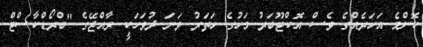
ކޮންމެ އަހަރެއްގެ ވެސް އޮކްޓޫބަރު މަހުގެ ހަތަރު ވަނަ ދުވަހަކީ ރާއްޖޭގެ "ބްރޯޑްކާސްޓް